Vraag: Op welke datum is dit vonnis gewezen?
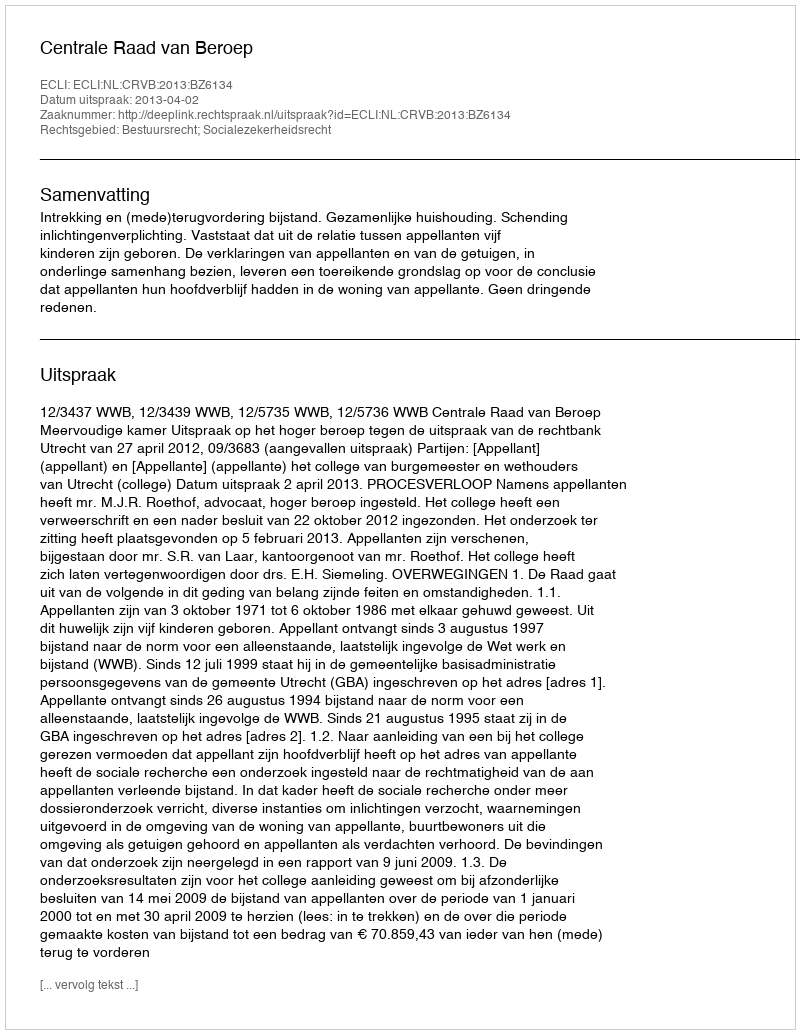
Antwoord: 2013-04-02